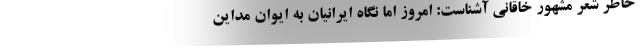
خاطر شعر مشهور خاقانی آشناست: امروز اما نگاه ایرانیان به ایوان مداین